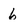
Character: 6